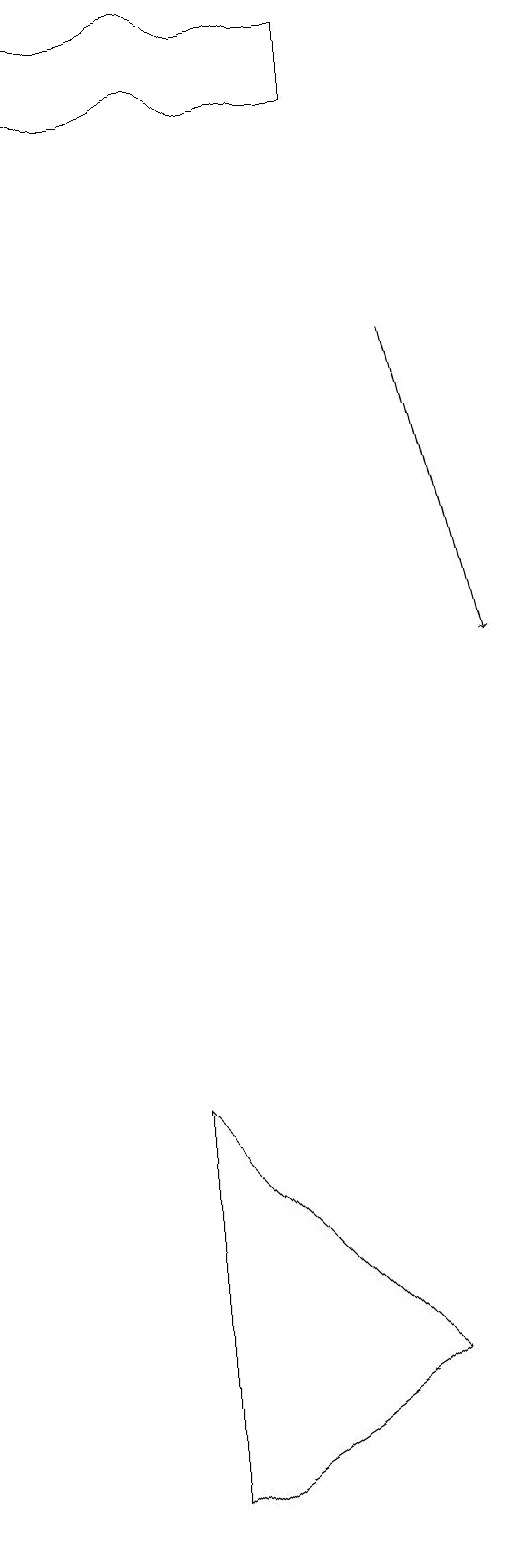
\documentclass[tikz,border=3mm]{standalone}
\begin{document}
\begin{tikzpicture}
\draw[->] (7,15) -- (8,11);
\draw (7,2) -- (4,5) -- (4,0) -- cycle;
\draw (6,18) rectangle (2,19);
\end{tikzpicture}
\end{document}